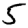
Digit: 5